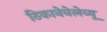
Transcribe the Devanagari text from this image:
ठिकानेबेलेव्यू